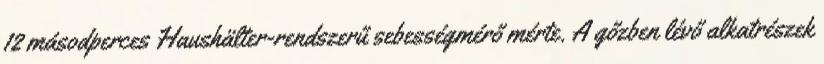
12 másodperces Haushälter-rendszerű sebességmérő mérte. A gőzben lévő alkatrészek